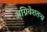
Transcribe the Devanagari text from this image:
अग्निवेशतन्त्र